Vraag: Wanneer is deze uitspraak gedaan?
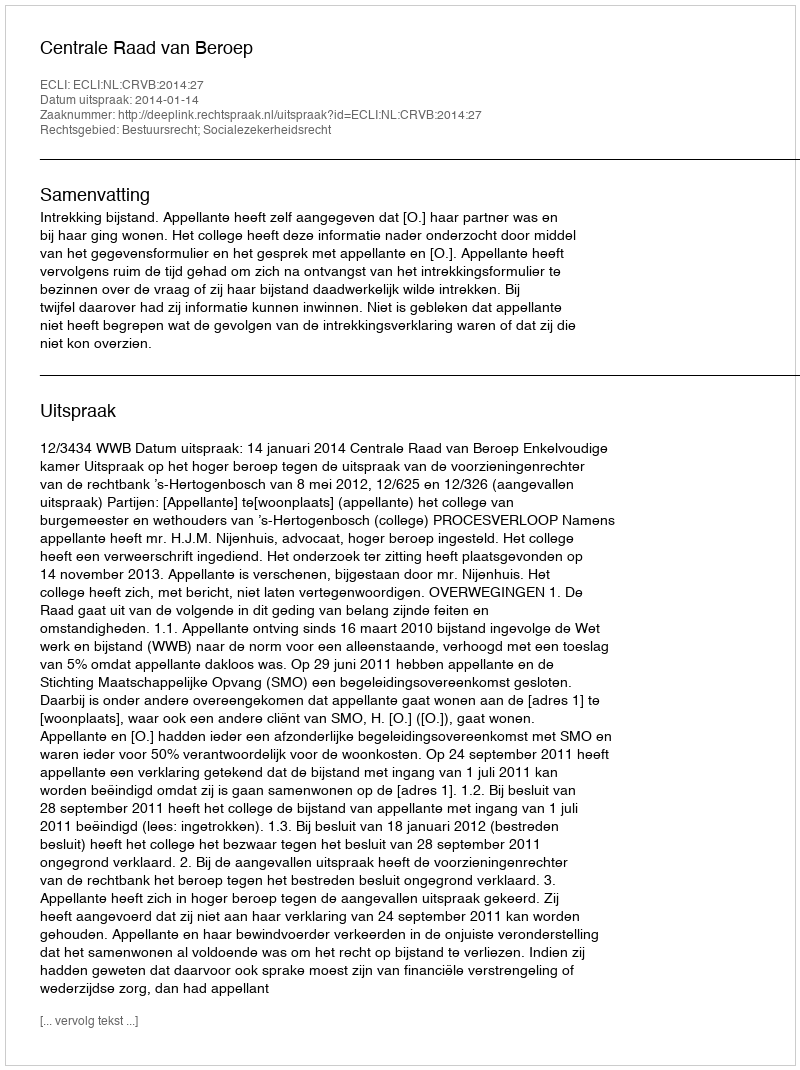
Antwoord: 2014-01-14